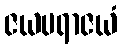
ဇယပရာဇယံ